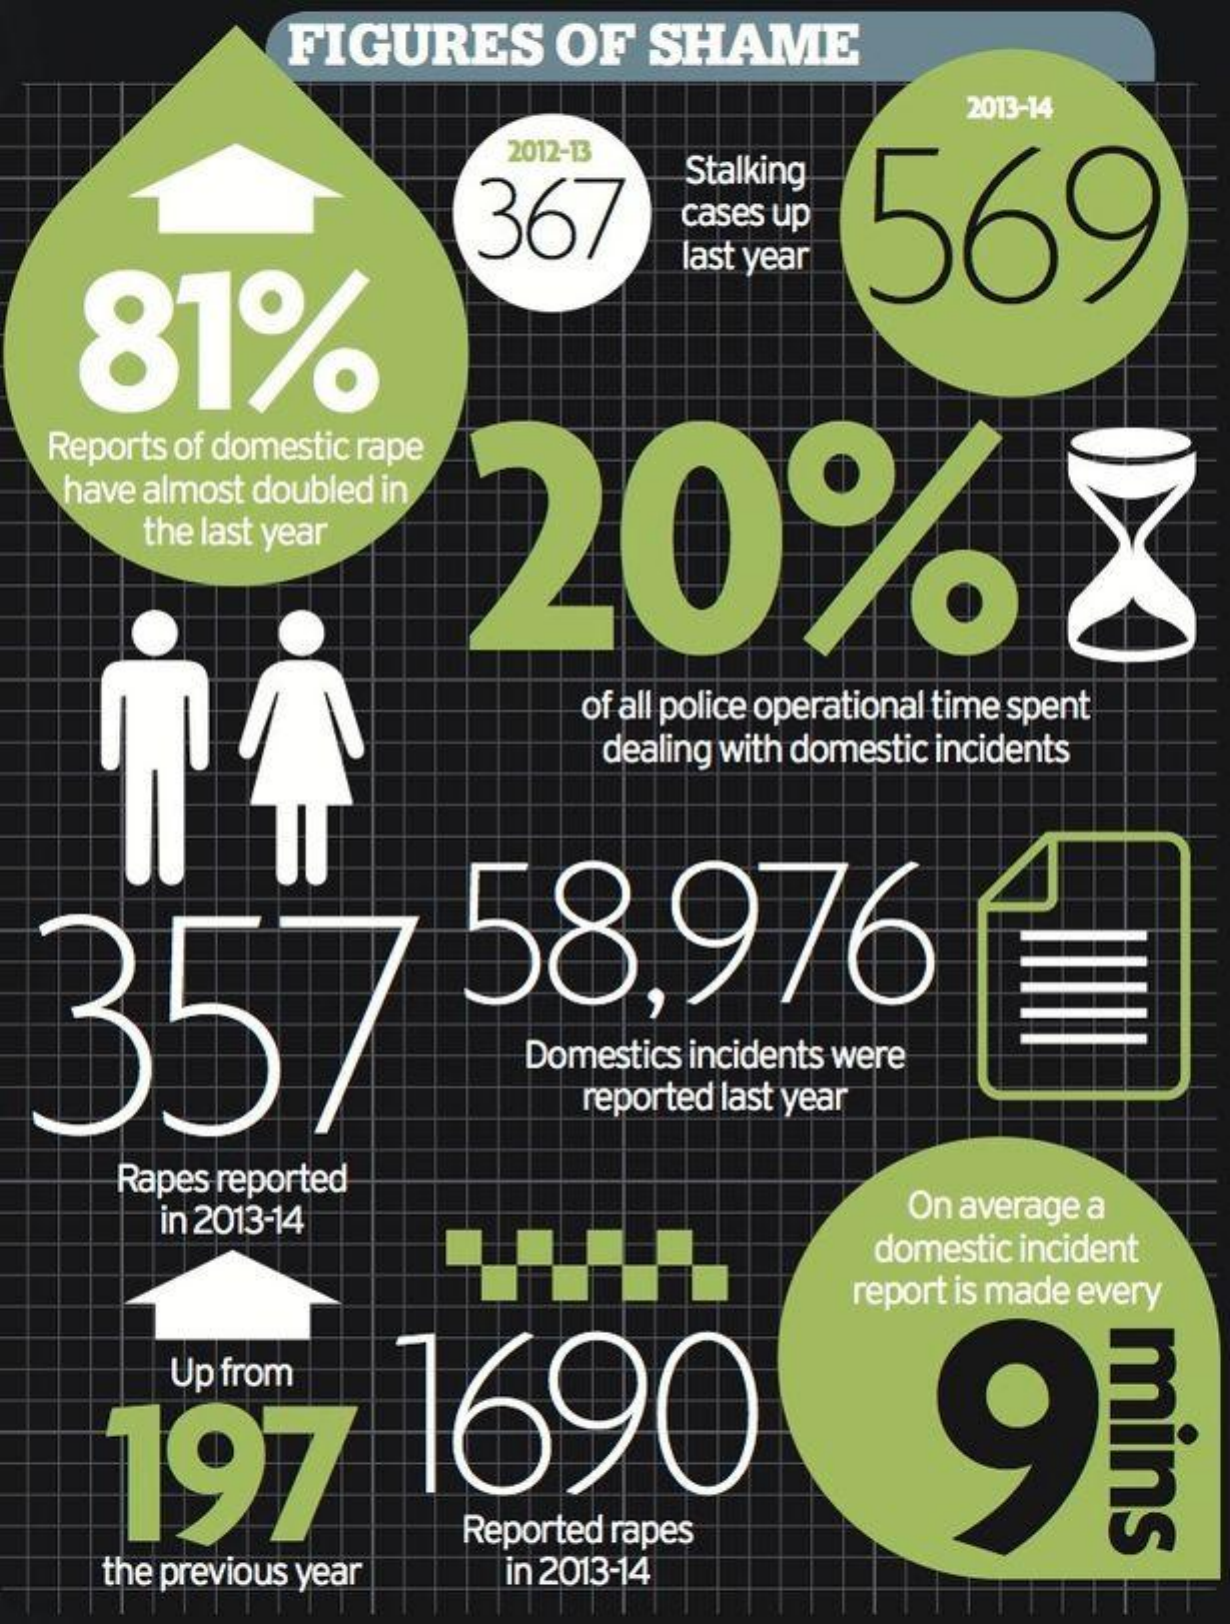
FIGURES    OF    SHAME
     2013-14
     2012-13
     Stalking
     cases up
     81%
     367    569
     last year
   Reports of domestic rape
     20%
    have almost doubled in
     the last year
     of all police operational time spent
     dealing with domestic incidents
  357    58,976
     Domestics incidents were
     reported last year
     Rapes reported
     in 2013-14    On average a
     domestic incident
     report is made every
     mins 197 1690
     Up  from
     Reported rapes
     the previous year    in 2013-14